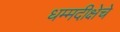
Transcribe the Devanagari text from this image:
धम्मदीक्षेचे